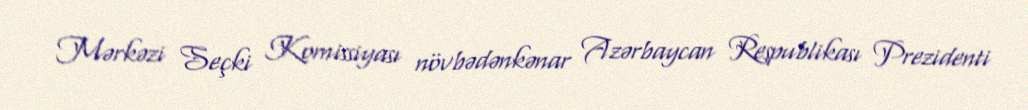
Mərkəzi Seçki Komissiyası növbədənkənar Azərbaycan Respublikası Prezidenti